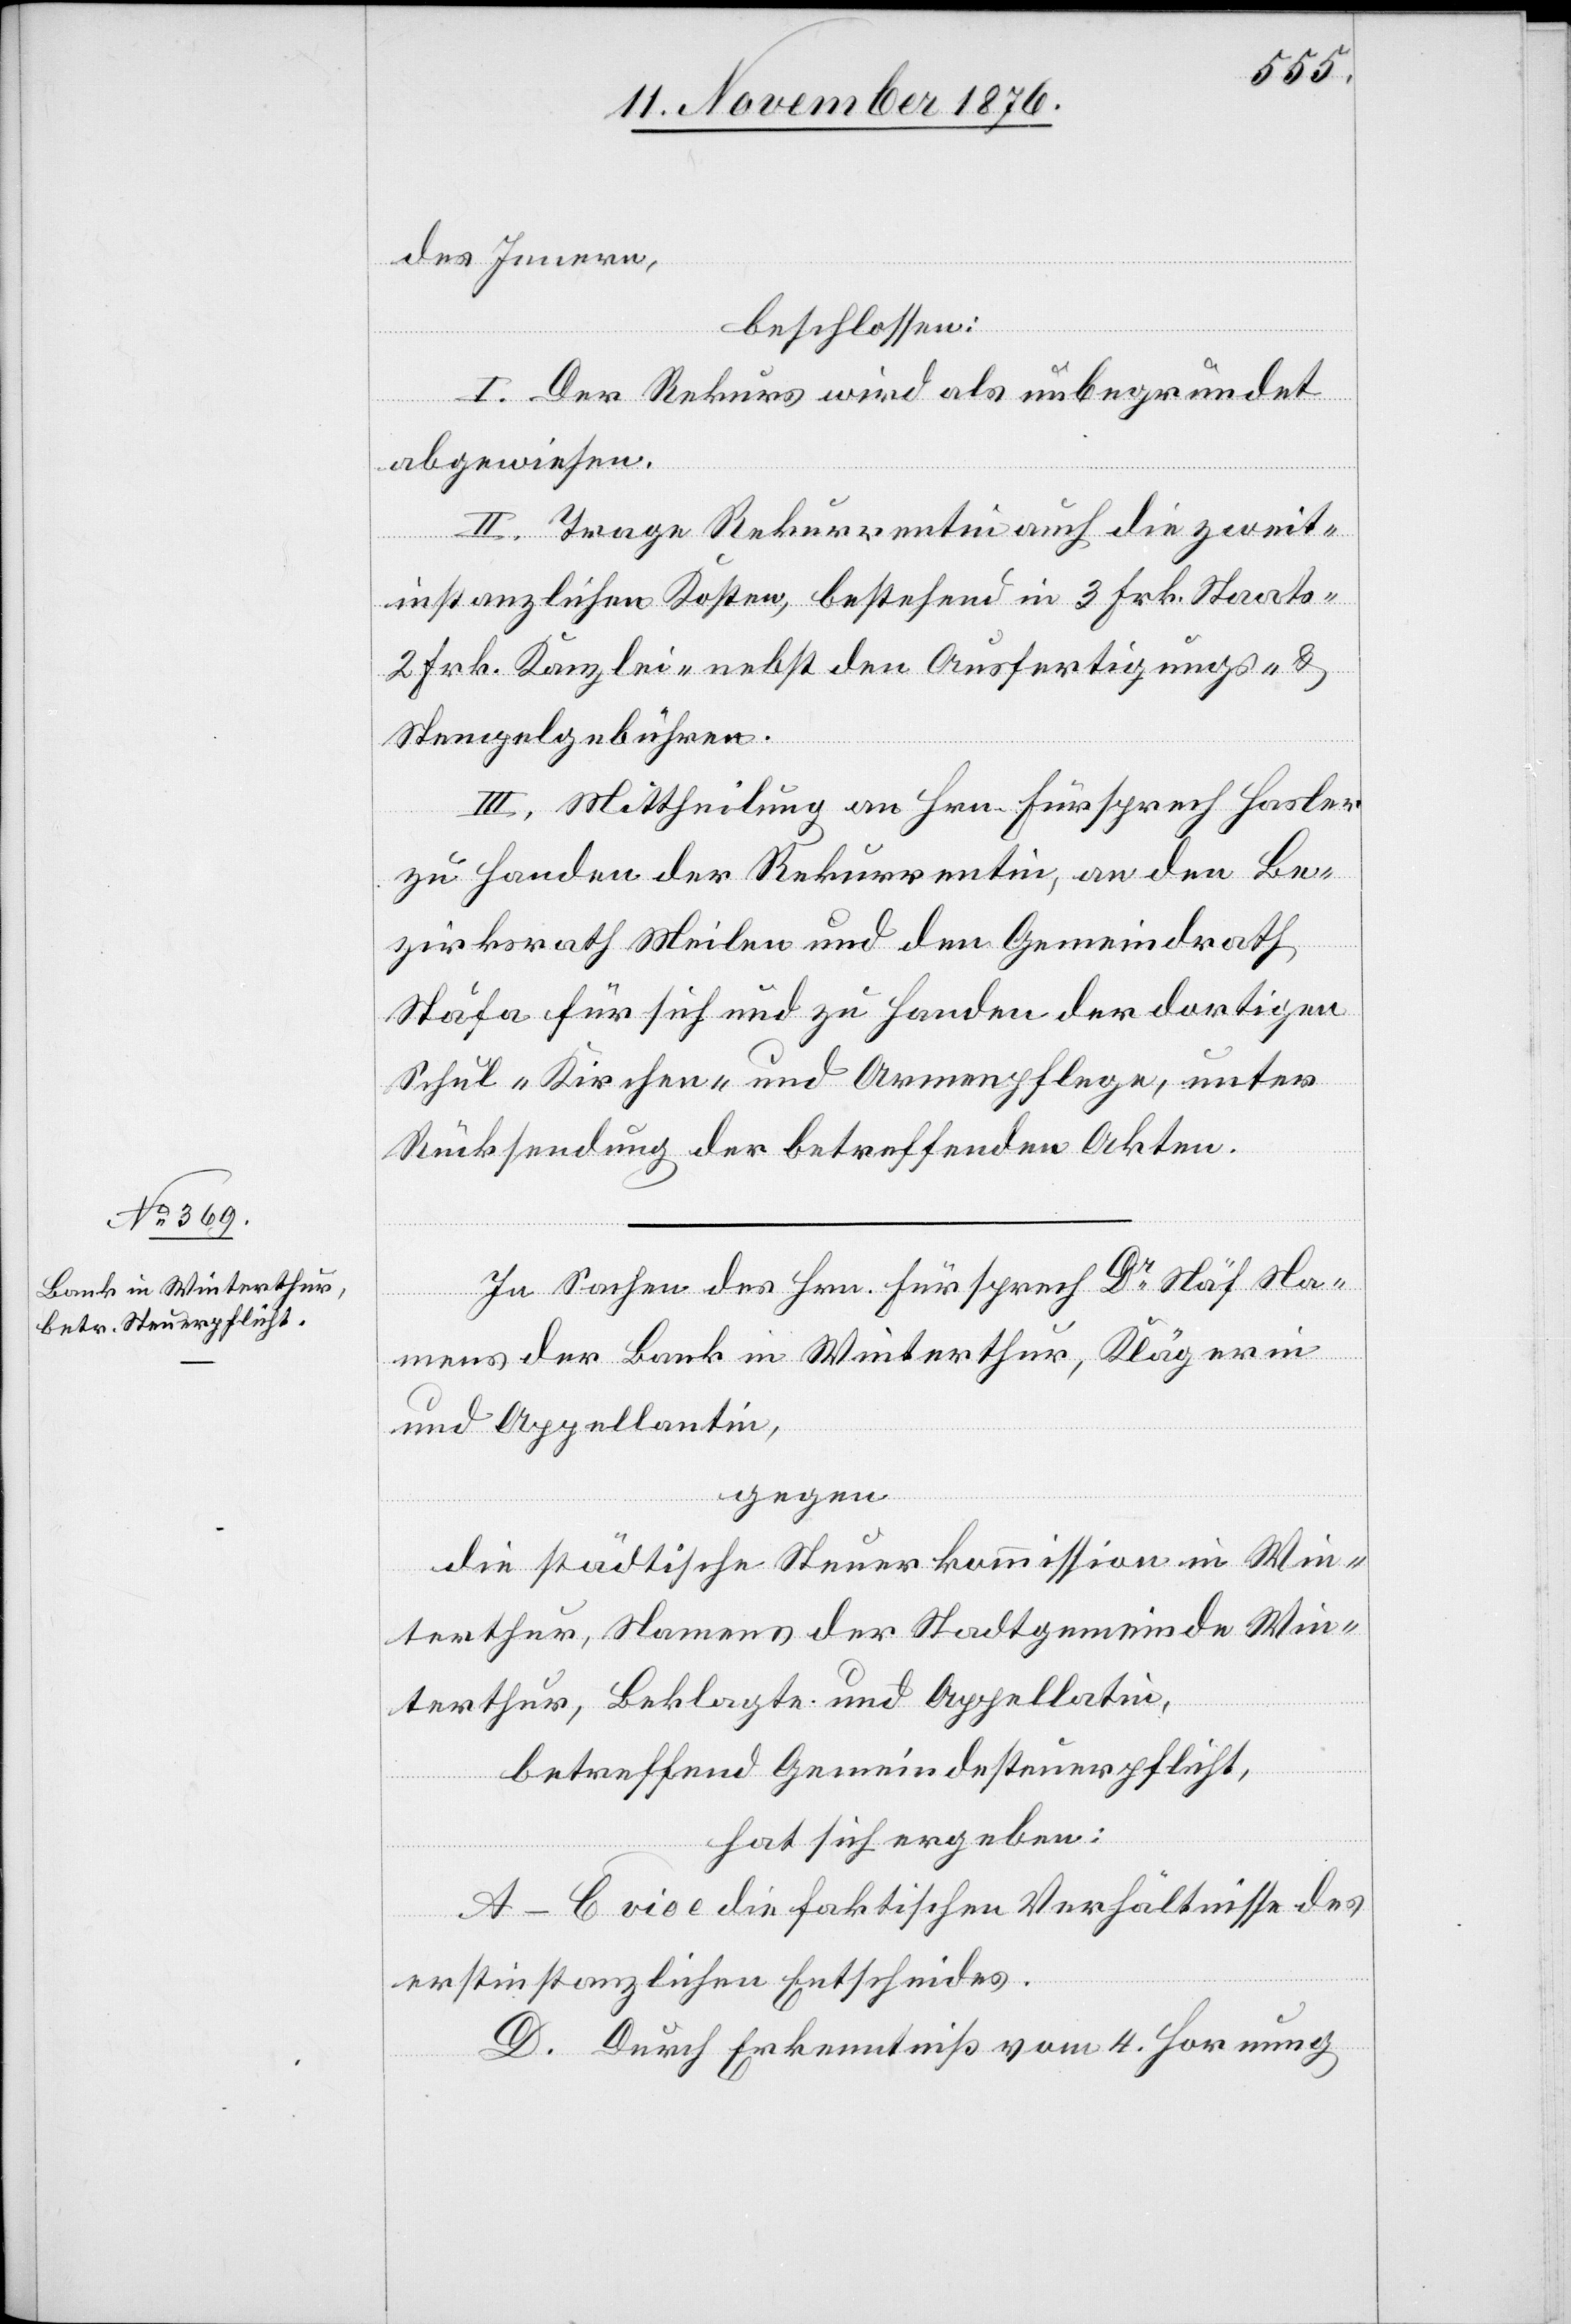
des Innern,
beschlossen:
I. Der Rekurs wird als unbegründet
abgewiesen.
II. Trage Rekurrentin auch die zweit¬
instanzlichen Kosten, bestehend in 3 Frk. Staats-
2 Frk. Kanzlei- nebst den Ausfertigungs- &
Stempelgebühren.
III. Mittheilung an Hrn. Fürsprech Hasler
zu Handen der Rekurrentin, an den Be¬
zirksrath Meilen und den Gemeindrath
Stäfa für sich und zu Handen der dortigen
Schul-[,] Kirchen- und Armenpflege, unter
Rücksendung der betreffenden Akten.